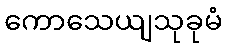
ကောသေယျသုခုမံ